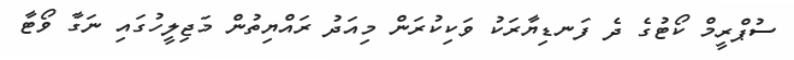
ސުޕްރީމް ކޯޓުގެ ދެ ފަނޑިޔާރަކު ވަކިކުރަން މިއަދު ރައްޔިތުން މަޖިލީހުގައި ނަގާ ވޯޓާ